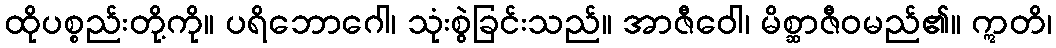
ထိုပစ္စည်းတို့ကို။ ပရိဘောဂေါ၊ သုံးစွဲခြင်းသည်။ အာဇီဝေါ၊ မိစ္ဆာဇီဝမည်၏။ ဣတိ၊